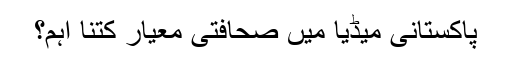
پاکستانی میڈیا میں صحافتی معیار کتنا اہم؟